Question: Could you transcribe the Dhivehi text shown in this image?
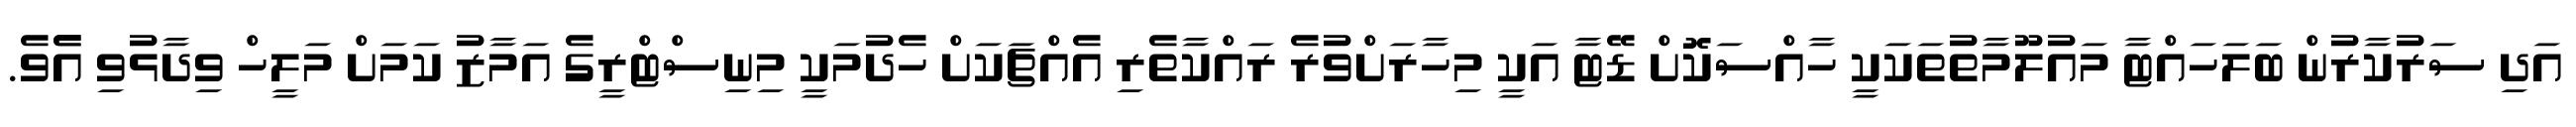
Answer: އަދި ސަރުކާރުން ބަލަހައްޓާ މައުލޫމާތުތަކަކީ ހާއްސަކޮށް ޑޭޓާ އަކީ މިހާރަށްވުރެ ރައްކާތެރި އެއްޗަކަށް ހެދުމަކީ މިނިސްޓްރީގެ އަމާޒު ކަމަށް މަލީހް ވިދާޅުވި އެެވެ.